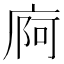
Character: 㢌